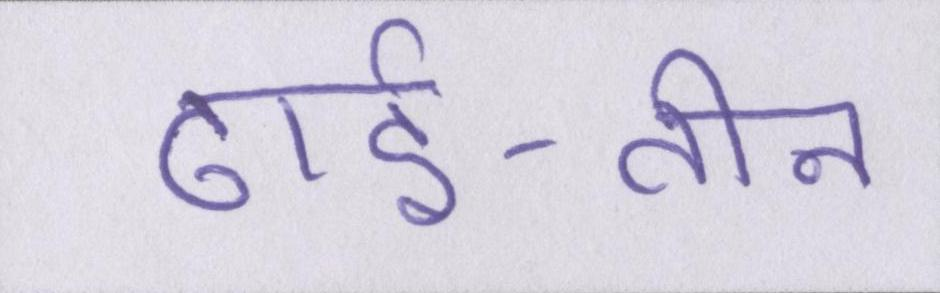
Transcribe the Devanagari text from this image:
ढाई-तीन